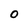
Character: O